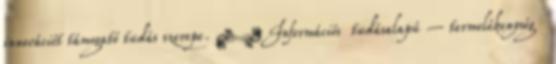
innovációt támogató tudás szerepe.  Információs tudásalapú – termelékenység